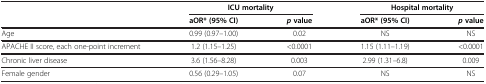
<table><thead><tr><td><b> </b></td><td colspan="2"><b>ICU mortality</b></td><td colspan="2"><b>Hospital mortality</b></td></tr></thead><tbody><tr><td> </td><td><b>aOR* (95% CI)</b></td><td><b><i>p</i></b><b> value</b></td><td><b>aOR* (95% CI)</b></td><td><b><i>p</i></b><b> value</b></td></tr><tr><td>Age</td><td>0.99 (0.97–1.00)</td><td>0.02</td><td>NS</td><td>NS</td></tr><tr><td>APACHE II score, each one-point increment</td><td>1.2 (1.15–1.25)</td><td>&lt;0.0001</td><td>1.15 (1.11–1.19)</td><td>&lt;0.0001</td></tr><tr><td>Chronic liver disease</td><td>3.6 (1.56–8.28)</td><td>0.003</td><td>2.99 (1.31–6.8)</td><td>0.009</td></tr><tr><td>Female gender</td><td>0.56 (0.29–1.05)</td><td>0.07</td><td>NS</td><td>NS</td></tr></tbody></table>